Report on vaccination in Madras 1904-1921 - 1904-1921
Year: 1904
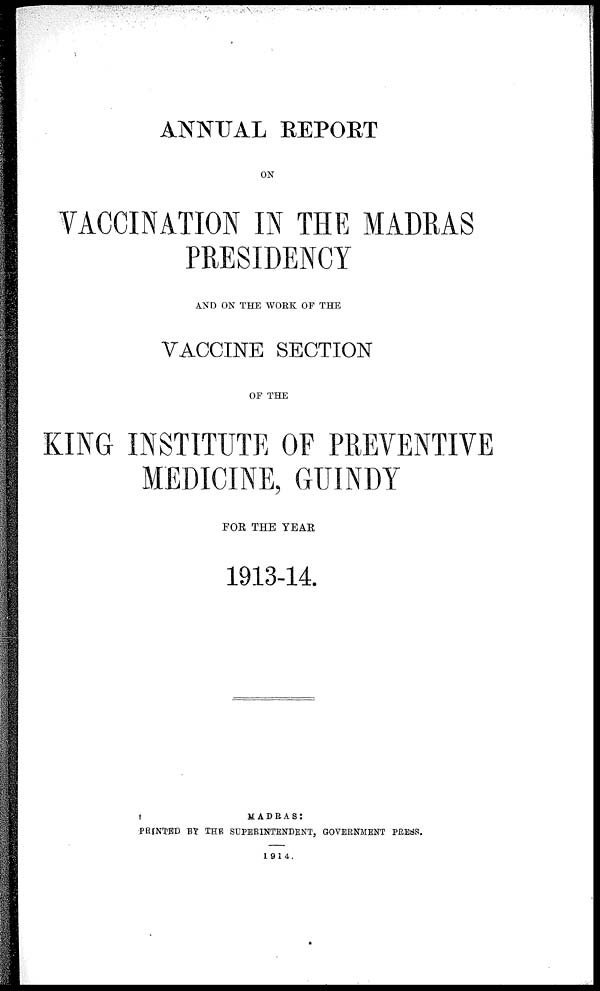
ANNUAL REPORT
ON
VACCINATION IN THE MADRAS
PRESIDENCY
AND ON THE WORK OF THE
VACCINE SECTION
OF THE
KING INSTITUTE OF PREVENTIVE
MEDICINE, GUINDY
FOR THE YEAR
1913-14.
MADRAS:
PRINTED BY THE SUPERINTENDENT, GOVERNMENT PRESS.
1914.